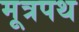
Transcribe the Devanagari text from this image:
मूत्रपथ